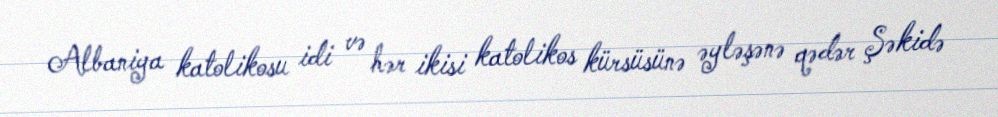
Albaniya katolikosu idi və hər ikisi katolikos kürsüsünə əyləşənə qədər Şəkidə